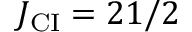
J _ { \mathrm { C I } } = 2 1 / 2